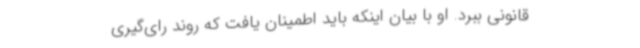
قانونی ببرد. او با بیان اینکه باید اطمینان یافت که روند رای‌گیری